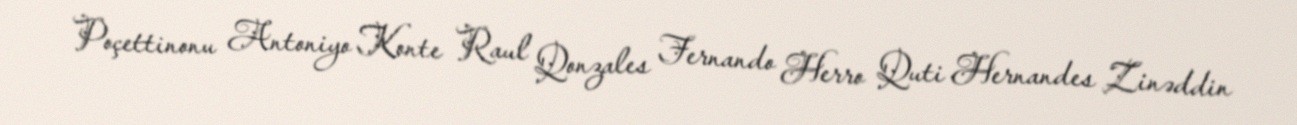
Poçettinonu Antoniyo Konte Raul Qonzales Fernando Herro Quti Hernandes Zinəddin